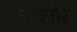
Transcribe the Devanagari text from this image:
चथुर्तांश